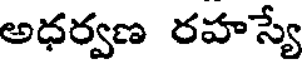
అధర్వణ రహస్యే